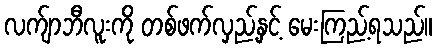
လက်ျာဘီလူးကို တစ်ဖက်လှည့်နှင့် မေးကြည့်ရသည်။